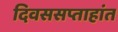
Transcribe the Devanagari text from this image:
दिवससप्ताहांत